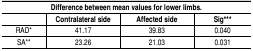
| <COLSPAN=4> Difference between mean values for lower limbs. |
 |  | Contralateral side | Affected side | Sig*** |
 | --- | --- | --- | --- |
 | RAD* | 41.17 | 39.83 | 0.040 |
 | SA** | 23.26 | 21.03 | 0.031 |